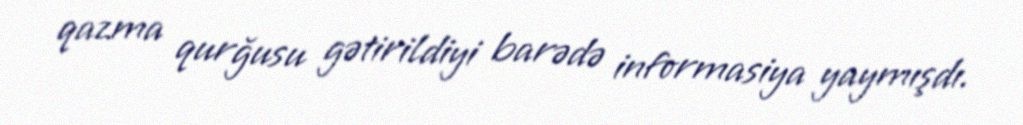
qazma qurğusu gətirildiyi barədə informasiya yaymışdı.